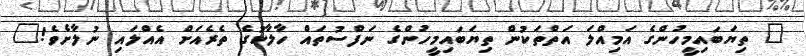
" ތިޔަބައިމީހުންގެ އަމިއްލަ އަތްތަކުން ތިޔަބައިމީހުންގެ ނަފްސުތައް ހާލާކުގެ ތެރެއަށް އެއްލައި ނުލާށެވެ!"